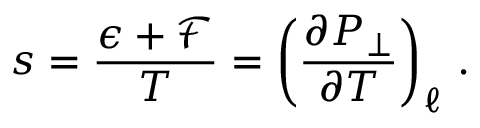
s = \frac { \epsilon + { \mathcal { F } } } { T } = \left( \frac { \partial { P _ { \perp } } } { \partial { T } } \right) _ { \ell } \, .